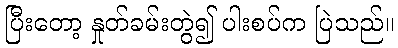
ပြီးတော့ နှုတ်ခမ်းတွဲ၍ ပါးစပ်က ပြဲသည်။